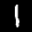
Label: 1